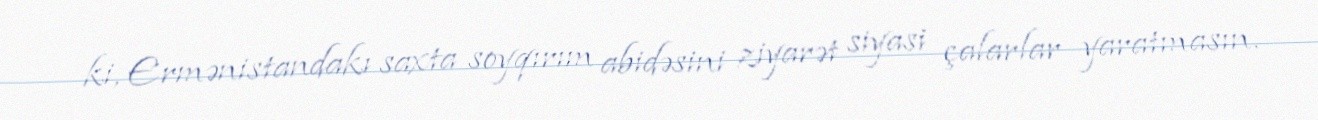
ki, Ermənistandakı saxta soyqırım abidəsini ziyarət siyasi çalarlar yaratmasın.